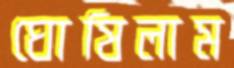
ঘোষিলাম